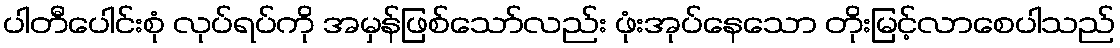
ပါတီပေါင်းစုံ လုပ်ရပ်ကို အမှန်ဖြစ်သော်လည်း ဖုံးအုပ်နေသော တိုးမြင့်လာစေပါသည်